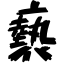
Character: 褻